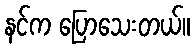
နင်က ပြောသေးတယ်။